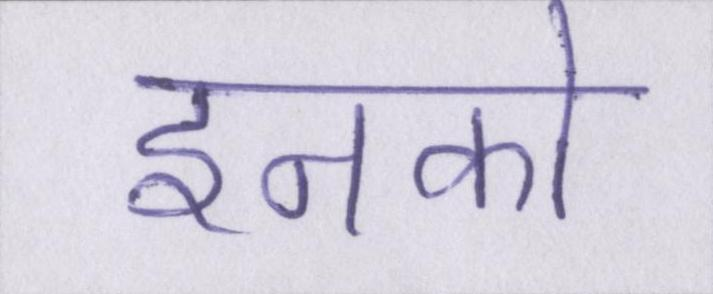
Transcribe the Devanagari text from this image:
इनको